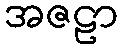
အဇဠာ